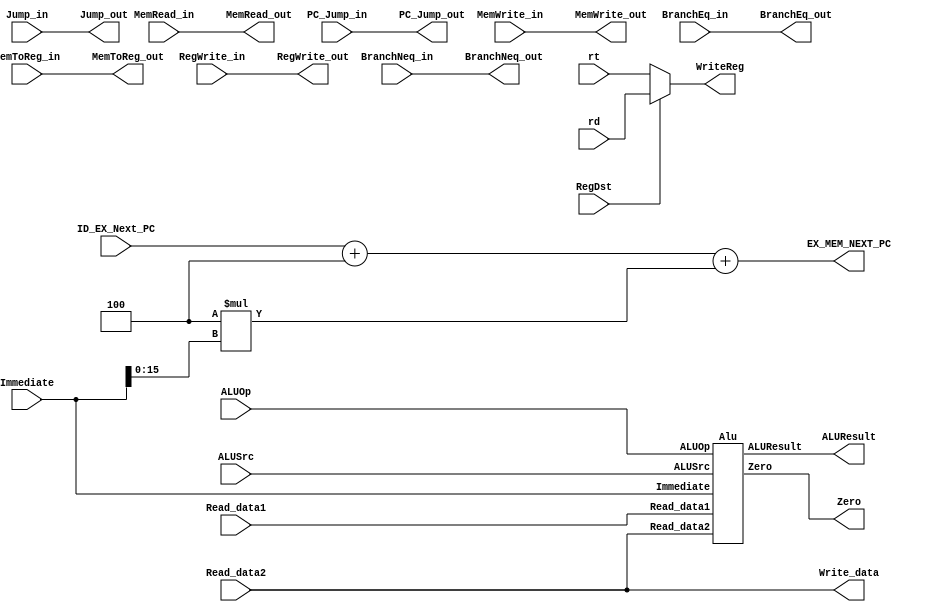
`timescale 1ns / 1ps
//////////////////////////////////////////////////////////////////////////////////

module Execute (
    input [31:0] Read_data1,
    input [31:0] Read_data2,
    input [31:0] Immediate,
    input ALUSrc,
    input RegDst,
    input [1:0] ALUOp,
    input MemWrite_in,
    input MemRead_in,
    input BranchEq_in,
    input BranchNeq_in,
    input MemToReg_in,
    input RegWrite_in,
    input [4:0] rt,
    input [4:0] rd,
    input [31:0] ID_EX_Next_PC,
    input [31:0] PC_Jump_in,
    input Jump_in,
    output wire [31:0] ALUResult,
    output wire Zero,
    output reg [4:0] WriteReg,
    output wire [31:0] Write_data,
    output reg [31:0] EX_MEM_NEXT_PC,
    output wire MemWrite_out,
    output wire MemRead_out,
    output wire BranchEq_out,
    output wire BranchNeq_out,
    output wire MemToReg_out,
    output wire RegWrite_out,
    output wire [31:0] PC_Jump_out,
    output wire Jump_out
);
    
    assign MemWrite_out = MemWrite_in;
    assign MemRead_out = MemRead_in;
    assign MemRead_out = MemRead_in;
    assign BranchEq_out = BranchEq_in;
    assign BranchNeq_out = BranchNeq_in;
    assign MemToReg_out = MemToReg_in;
    assign RegWrite_out = RegWrite_in;
    assign PC_Jump_out = PC_Jump_in;
    assign Jump_out = Jump_in;
    
    assign Write_data = Read_data2;
    Alu ALU(
        .Read_data1(Read_data1), .Read_data2(Read_data2), .Immediate(Immediate), 
        .ALUSrc(ALUSrc), .ALUOp(ALUOp), .ALUResult(ALUResult), .Zero(Zero));
    
    always @ (*) begin
        WriteReg =  RegDst ? rd : rt;
        EX_MEM_NEXT_PC = ID_EX_Next_PC + 4 + 4*Immediate[15:0];
    end
endmodule

module Alu (
    input [31:0] Read_data1,
    input [31:0] Read_data2,
    input [31:0] Immediate,
    input ALUSrc,
    input [1:0] ALUOp,
    output reg [31:0] ALUResult, 
    output reg Zero
);
    wire [3:0] ALUControl;
    
    wire [31:0] ALUInput1 = Read_data1;
    wire [31:0] ALUInput2 = ALUSrc ? Immediate : Read_data2;
    
    AluControl AC(.FuncCode(Immediate[5:0]), .ALUOp(ALUOp), .ALUControl(ALUControl));
    
    initial begin
        ALUResult = 32'b0;
        Zero = 0;
    end
    
    always @ (*) begin
        case (ALUControl) 
            4'b0000: ALUResult = ALUInput1 & ALUInput2;
            4'b0001: ALUResult = ALUInput1 | ALUInput2;
            4'b0010: ALUResult = ALUInput1 + ALUInput2;
            4'b0110: ALUResult = ALUInput1 - ALUInput2;
            4'b0111: ALUResult = (ALUInput1 < ALUInput2);
        endcase
        
        if (ALUResult == 31'b0 && ALUOp == 2'b01)
            Zero = 1'b1;
        else
            Zero = 1'b0;
    end
endmodule

module AluControl (
    input [5:0] FuncCode,
    input [1:0] ALUOp,
    output reg [3:0] ALUControl
);
    
    initial begin
        ALUControl = 4'b0;
    end
    
    always @ (*) begin
        if (ALUOp == 2'b00) ALUControl = 4'b0010;
        else if (ALUOp == 2'b01) ALUControl = 4'b0110;
        else if (ALUOp == 2'b10)
            case (FuncCode) 
                6'h20: ALUControl = 4'b0010;
                6'h22: ALUControl = 4'b0110;
                6'h24: ALUControl = 4'b0000;
                6'h25: ALUControl = 4'b0001;
                6'h2a: ALUControl = 4'b0111;
            endcase
		else if (ALUOp == 2'b11) ALUControl = 4'b0000;
    end
endmodule

module EX_MEM_Register (
    input clock,
    input [31:0] ALUResult_in,
    input Zero_in,
    input [4:0] WriteReg_in,
    input [31:0] Write_data_in,
    input [31:0] EX_MEM_NEXT_PC_in,
    input MemWrite_in,
    input MemRead_in,
    input BranchEq_in,
    input BranchNeq_in,
    input MemToReg_in,
    input RegWrite_in,
    input [31:0] PC_Jump_in,
    input Jump_in,
    output reg [31:0] ALUResult_out,
    output reg Zero_out,
    output reg [4:0] WriteReg_out,
    output reg [31:0] Write_data_out,
    output reg [31:0] EX_MEM_NEXT_PC_out,
    output reg MemWrite_out,
    output reg MemRead_out,
    output reg BranchEq_out,
    output reg BranchNeq_out,
    output reg MemToReg_out,
    output reg RegWrite_out,
    output reg [31:0] PC_Jump_out,
    output reg Jump_out
);
    
    initial begin
        ALUResult_out = 32'b0;
        Zero_out = 0;
        WriteReg_out = 5'b0;
        Write_data_out = 32'b0;
        EX_MEM_NEXT_PC_out = 32'b0;
        MemWrite_out = 0;
        MemRead_out = 0;
        BranchEq_out = 0;
        BranchNeq_out = 0;
        MemToReg_out = 0;
        RegWrite_out = 0;
        PC_Jump_out = 32'b0;
        Jump_out = 0;
    end
    
    always @(posedge clock) begin
        ALUResult_out = ALUResult_in;
        Zero_out = Zero_in;
        WriteReg_out = WriteReg_in;
        Write_data_out = Write_data_in;
        EX_MEM_NEXT_PC_out = EX_MEM_NEXT_PC_in;
        MemWrite_out = MemWrite_in;
        MemRead_out = MemRead_in;
        BranchEq_out = BranchEq_in;
        BranchNeq_out = BranchNeq_in;
        MemToReg_out = MemToReg_in;
        RegWrite_out = RegWrite_in;    
        PC_Jump_out = PC_Jump_in;
        Jump_out = Jump_in;   
    end
endmodule